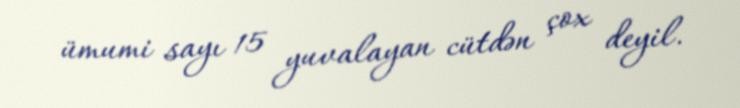
ümumi sayı 15 yuvalayan cütdən çox deyil.